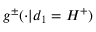
g ^ { \pm } ( \cdot | d _ { 1 } = H ^ { + } )